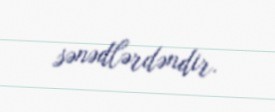
sənədlərdəndir.